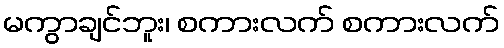
မကွာချင်ဘူး၊ စကားလက် စကားလက်